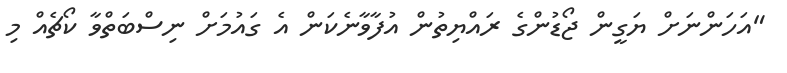
"އަހަންނަށް ޔަގީން ޖޯޑުންގެ ރައްޔިތުން އުފާވާނެކަން އެ ގައުމަށް ނިސްބަތްވާ ކޯޗެއް މި